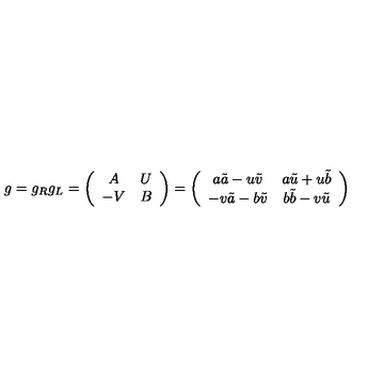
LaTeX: g = g _ { R } g _ { L } = \left( \begin{array} { c c } { A } & { U } \\ { - V } & { B } \\ \end{array} \right) = \left( \begin{array} { c c } { a \tilde { a } - u \tilde { v } } & { a \tilde { u } + u \tilde { b } } \\ { - v \tilde { a } - b \tilde { v } } & { b \tilde { b } - v \tilde { u } } \\ \end{array} \right)